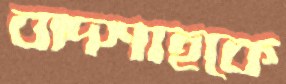
বাদশাহকে